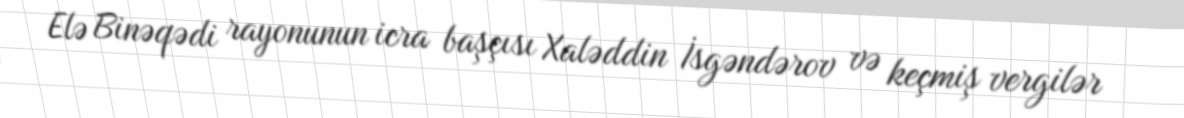
Elə Binəqədi rayonunun icra başçısı Xaləddin İsgəndərov və keçmiş vergilər